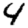
Digit: 4